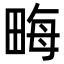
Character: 畮